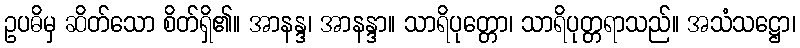
ဥပဓိမှ ဆိတ်သော စိတ်ရှိ၏။ အာနန္ဒ၊ အာနန္ဒာ။ သာရိပုတ္တော၊ သာရိပုတ္တရာသည်။ အသံသဋ္ဌော၊